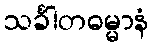
သင်္ခါတဓမ္မာနံ